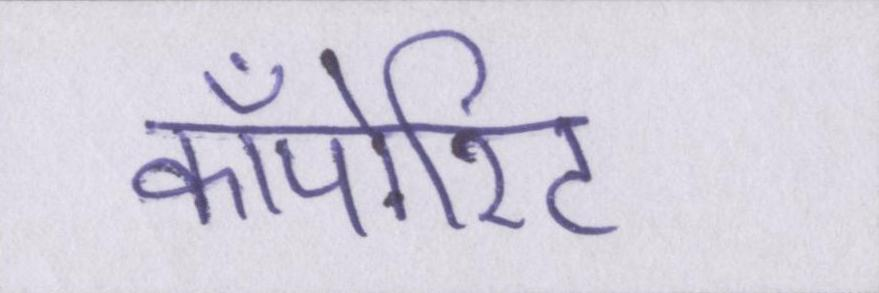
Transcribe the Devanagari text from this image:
कॉर्पोरेट